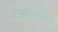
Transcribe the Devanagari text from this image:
मथुरामोहन